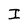
Character: I